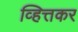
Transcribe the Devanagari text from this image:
व्हित्तकर